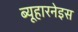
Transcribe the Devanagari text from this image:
ब्यूहारनेइस